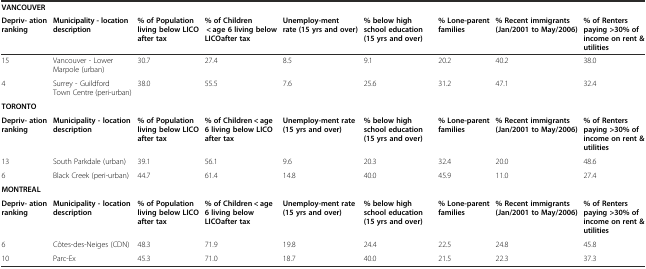
| <COLSPAN=9> VANCOUVER |
 | Depriv- ation ranking | Municipality - location description | % of Population living below LICO after tax | % of Children < age 6 living below LICOafter tax | Unemploy-ment rate (15 yrs and over) | % below high school education (15 yrs and over) | % Lone-parent families | % Recent immigrants (Jan/2001 to May/2006) | % of Renters paying >30% of income on rent & utilities |
 | --- | --- | --- | --- | --- | --- | --- | --- | --- |
 | 15 | Vancouver - Lower Marpole (urban) | 30.7 | 27.4 | 8.5 | 9.1 | 20.2 | 40.2 | 38.0 |
 | 4 | Surrey - Guildford Town Centre (peri-urban) | 38.0 | 55.5 | 7.6 | 25.6 | 31.2 | 47.1 | 32.4 |
 | <COLSPAN=9> TORONTO |
 | Depriv- ation ranking | Municipality - location description | % of Population living below LICO after tax | % of Children < age 6 living below LICO after tax | Unemploy-ment rate (15 yrs and over) | % below high school education (15 yrs and over) | % Lone-parent families | % Recent immigrants (Jan/2001 to May/2006) | % of Renters paying >30% of income on rent & utilities |
 | 13 | South Parkdale (urban) | 39.1 | 56.1 | 9.6 | 20.3 | 32.4 | 20.0 | 48.6 |
 | 6 | Black Creek (peri-urban) | 44.7 | 61.4 | 14.8 | 40.0 | 45.9 | 11.0 | 27.4 |
 | <COLSPAN=9> MONTREAL |
 | Depriv- ation ranking | Municipality - location description | % of Population living below LICO after tax | % of Children < age 6 living below LICOafter tax | Unemploy-ment rate (15 yrs and over) | % below high school education (15 yrs and over) | % Lone-parent families | % Recent immigrants (Jan/2001 to May/2006) | % of Renters paying >30% of income on rent & utilities |
 | 6 | Côtes-des-Neiges (CDN) | 48.3 | 71.9 | 19.8 | 24.4 | 22.5 | 24.8 | 45.8 |
 | 10 | Parc-Ex | 45.3 | 71.0 | 18.7 | 40.0 | 21.5 | 22.3 | 37.3 |